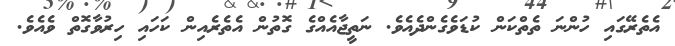
އެތެރޭގައި ހުންނަ ތެތްކަން ކުޑަވެގެންދެއެވެ. ނަތީޖާއެއްގެ ގޮތުން އެތެރެއިން ކަހައި ހިރުވާގޮތް ވެއެވެ.